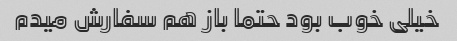
خیلی خوب بود حتما باز هم سفارش میدم